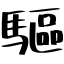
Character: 驅